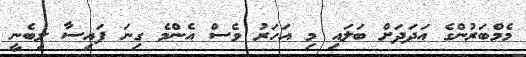
މެމްބަރުންގެ އަދަދަށް ބަލައި މި އަހަރު ވެސް އެންމެ ގިނަ ފައިސާ ލިބެނީ